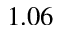
1 . 0 6